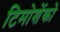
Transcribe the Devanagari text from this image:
टिमोशेंको